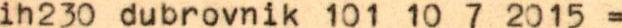
ih230 dubrovnik 101 10 7 2015 =